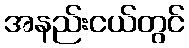
အနည်းငယ်တွင်